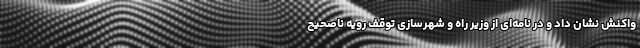
واکنش نشان داد و در نامه‌ای از وزیر راه و شهرسازی توقف رویه ناصحیح